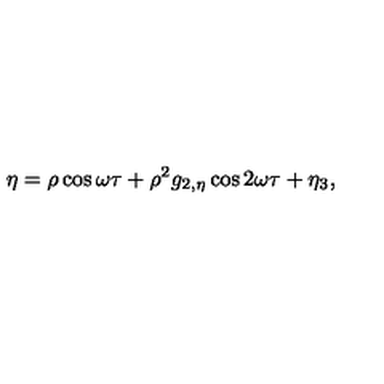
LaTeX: \eta = \rho \cos \omega \tau + \rho ^ { 2 } g _ { 2 , \eta } \cos 2 \omega \tau + \eta _ { 3 } ,